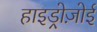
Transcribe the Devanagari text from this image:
हाइड्रोज़ोई